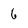
Character: 6